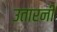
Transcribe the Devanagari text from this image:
उतारनी